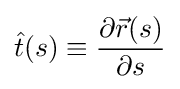
{\hat {t}}(s)\equiv {\frac {\partial {\vec {r}}(s)}{\partial s}}